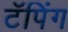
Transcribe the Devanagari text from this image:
टॅपिंग